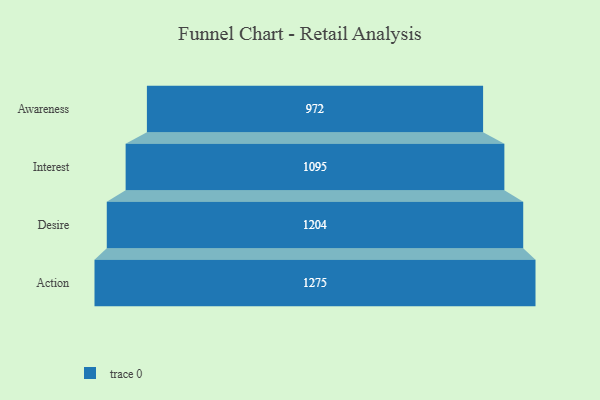
{"axis": {"x": "Stage", "y": "Value"}, "legend": [""], "data": [{"x": "Awareness", "y": 972.0, "type": ""}, {"x": "Interest", "y": 1095.0, "type": ""}, {"x": "Desire", "y": 1204.0, "type": ""}, {"x": "Action", "y": 1275.0, "type": ""}]}